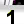
Digit: 1